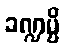
ခဏ္ဍမ္ပိ